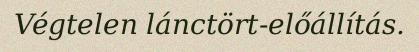
Végtelen lánctört-előállítás.